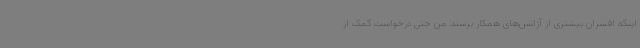
اینکه افسران بیشتری از آژانس‌های همکار برسند. من حتی درخواست کمک از